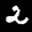
Label: 2